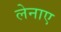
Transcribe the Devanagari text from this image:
लेनाए